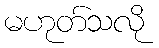
မဟုတ်သလို